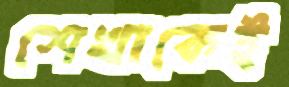
শেখাকেই